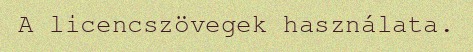
A licencszövegek használata.